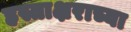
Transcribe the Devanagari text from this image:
हस्ताक्षराच्या